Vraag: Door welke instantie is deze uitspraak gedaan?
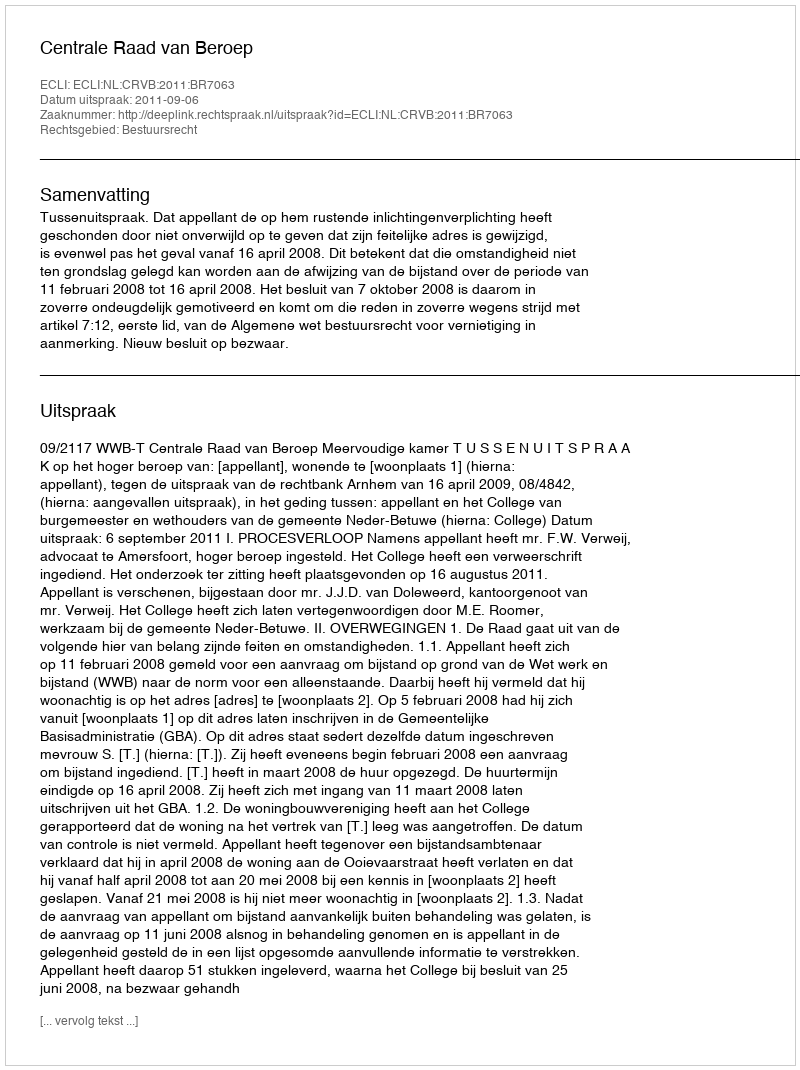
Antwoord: Centrale Raad van Beroep